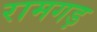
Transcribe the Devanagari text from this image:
रामगड़